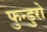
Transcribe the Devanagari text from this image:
फुन्डुरो